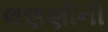
લણણીની